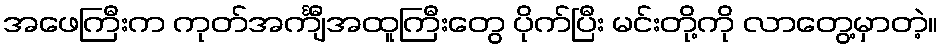
အဖေကြီးက ကုတ်အင်္ကျီအထူကြီးတွေ ပိုက်ပြီး မင်းတို့ကို လာတွေ့မှာတဲ့။